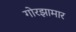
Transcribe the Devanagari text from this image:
गोरझामार